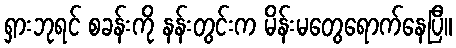
ရှားဘုရင် စခန်းကို နန်းတွင်းက မိန်းမတွေရောက်နေပြီ။